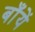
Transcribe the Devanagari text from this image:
बाँयें